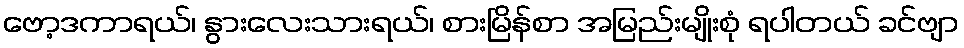
ဗော့ဒကာရယ်၊ နွားလေးသားရယ်၊ စားမြိန်စာ အမြည်းမျိုးစုံ ရပါတယ် ခင်ဗျာ